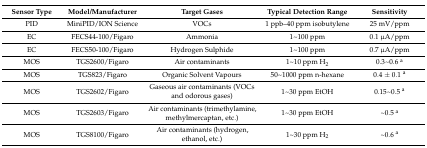
| Sensor Type | Model/Manufacturer | Target Gases | Typical Detection Range | Sensitivity |
 | --- | --- | --- | --- | --- |
 | PID | MiniPID/ION Science | VOCs | 1 ppb–40 ppm isobutylene | 25 mV/ppm |
 | EC | FECS44-100/Figaro | Ammonia | 1~100 ppm | 0.1 μA/ppm |
 | EC | FECS50-100/Figaro | Hydrogen Sulphide | 1~100 ppm | 0.7 μA/ppm |
 | MOS | TGS2600/Figaro | Air contaminants | 1~10 ppm H2 | 0.3~0.6 a |
 | MOS | TGS823/Figaro | Organic Solvent Vapours | 50~1000 ppm n-hexane | 0.4 ± 0.1 a |
 | MOS | TGS2602/Figaro | Gaseous air contaminants (VOCs and odorous gases) | 1~30 ppm EtOH | 0.15~0.5 a |
 | MOS | TGS2603/Figaro | Air contaminants (trimethylamine, methylmercaptan, etc.) | 1~30 ppm EtOH | ~0.5 a |
 | MOS | TGS8100/Figaro | Air contaminants (hydrogen, ethanol, etc.) | 1~30 ppm H2 | ~0.6 a |